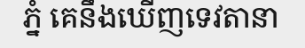
ភ្នំ គេនឹងឃើញទេវតានា